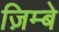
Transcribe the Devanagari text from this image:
ज़िम्बे